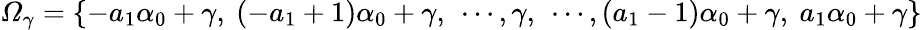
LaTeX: \mathcal{\Omega}_{\gamma}=\{ -a_{1}\alpha_{0}+\gamma,\ (-a_{1}+1)\alpha_{0}+\gamma,\ \cdots,\gamma,\ \cdots,(a_{1}-1)\alpha_{0}+\gamma,\ a_{1}\alpha_{0}+\gamma\}